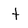
Character: t